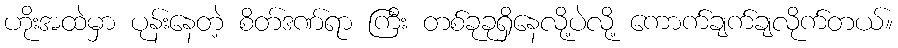
ဟိုးအထဲမှာ ပုန်းနေတဲ့ စိတ်ဒဏ်ရာ ကြီး တစ်ခုခုရှိနေလို့ပဲလို့ ကောက်ချက်ချလိုက်တယ်။